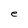
Character: e